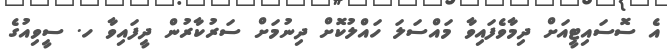
އެ ސޮސައިޓީއަށް ދިމާވެފައިވާ މައްސަލަ ހައްލުކޮށް ދިނުމަށް ސަރުކާރުން ދީފައިވާ ހ. ސީވިއުގެ